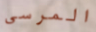
المرسى